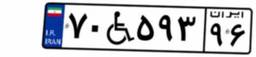
۲۷W۳۳۰۰۴